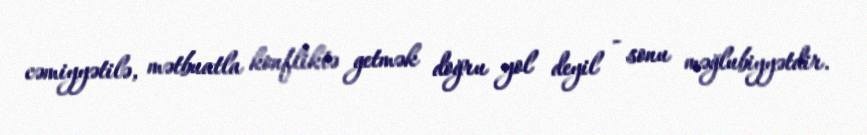
cəmiyyətilə, mətbuatla konfliktə getmək doğru yol deyil - sonu məğlubiyyətdir.